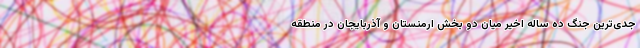
جدی‌ترین جنگ ده ساله اخیر میان دو بخش ارمنستان و آذربایجان در منطقه